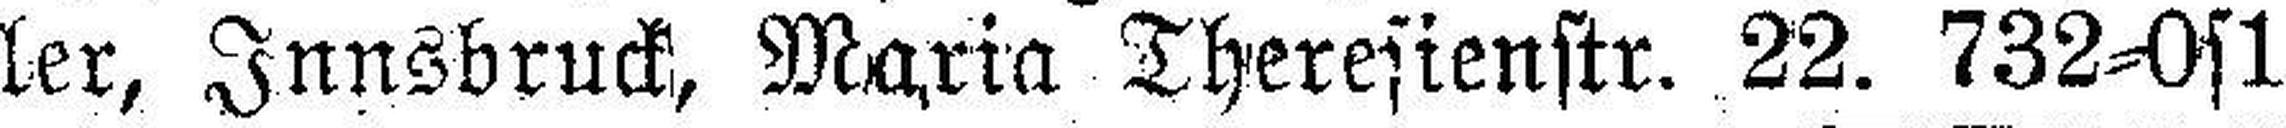
ler, Innsbruck, Maria Theresienstr. 22. 732=0s1